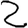
Digit: 2